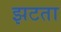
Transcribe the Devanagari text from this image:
झटता